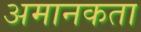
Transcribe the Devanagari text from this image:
अमानकता